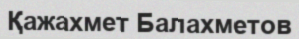
Қажахмет Балахметов